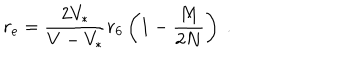
r _ { \mathrm { e } } = { \frac { 2 V _ { * } } { { V } - V _ { * } } } r _ { 6 } \left( 1 - { \frac { M } { 2 N } } \right) \ .